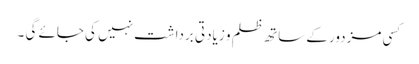
کسی مزدور کے ساتھ ظلم و زیادتی برداشت نہیں کی جائے گی ۔